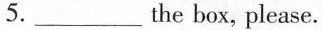
5.___ the box, please.